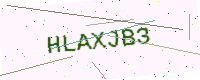
Text: HLAXJB3